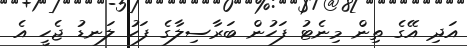
އަދި އޭގެ ތިން މިނެޓު ފަހުން ބަރާސިލާގެ ފަހު ލަނޑު ޖެހީ އެ